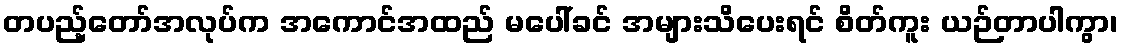
တပည့်တော်အလုပ်က အကောင်အထည် မပေါ်ခင် အများသိပေးရင် စိတ်ကူး ယဉ်တာပါကွာ၊